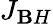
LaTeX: J_{\mathbf{B}H}